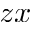
z x